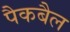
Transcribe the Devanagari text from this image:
पैकबैल